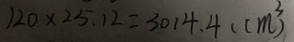
1 2 0 \times 2 5 . 1 2 = 3 0 1 4 . 4 ( c m ^ { 3 } )